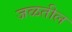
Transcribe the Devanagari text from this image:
जळतील